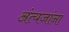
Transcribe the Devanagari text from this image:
अंत्यजांना